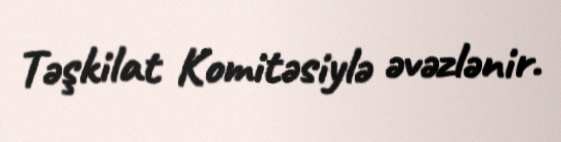
Təşkilat Komitəsiylə əvəzlənir.